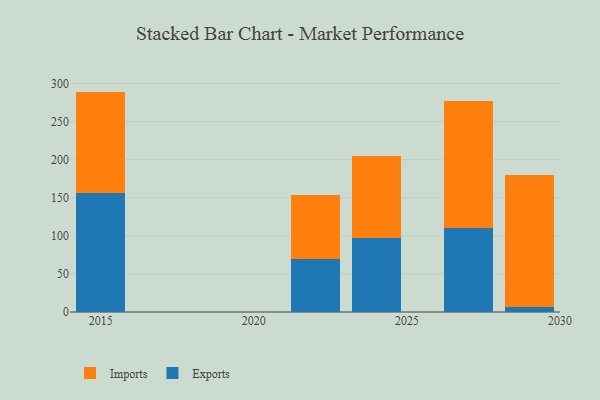
{"axis": {"x": "Year", "y": "Temperature (°C)"}, "legend": ["Exports", "Imports"], "data": [{"x": "2029", "y": 7.0, "type": "Exports"}, {"x": "2029", "y": 172.9, "type": "Imports"}, {"x": "2022", "y": 70.1, "type": "Exports"}, {"x": "2022", "y": 83.5, "type": "Imports"}, {"x": "2015", "y": 156.7, "type": "Exports"}, {"x": "2015", "y": 132.7, "type": "Imports"}, {"x": "2027", "y": 109.9, "type": "Exports"}, {"x": "2027", "y": 166.9, "type": "Imports"}, {"x": "2024", "y": 97.6, "type": "Exports"}, {"x": "2024", "y": 107.3, "type": "Imports"}]}